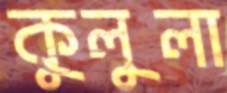
কুলুলা